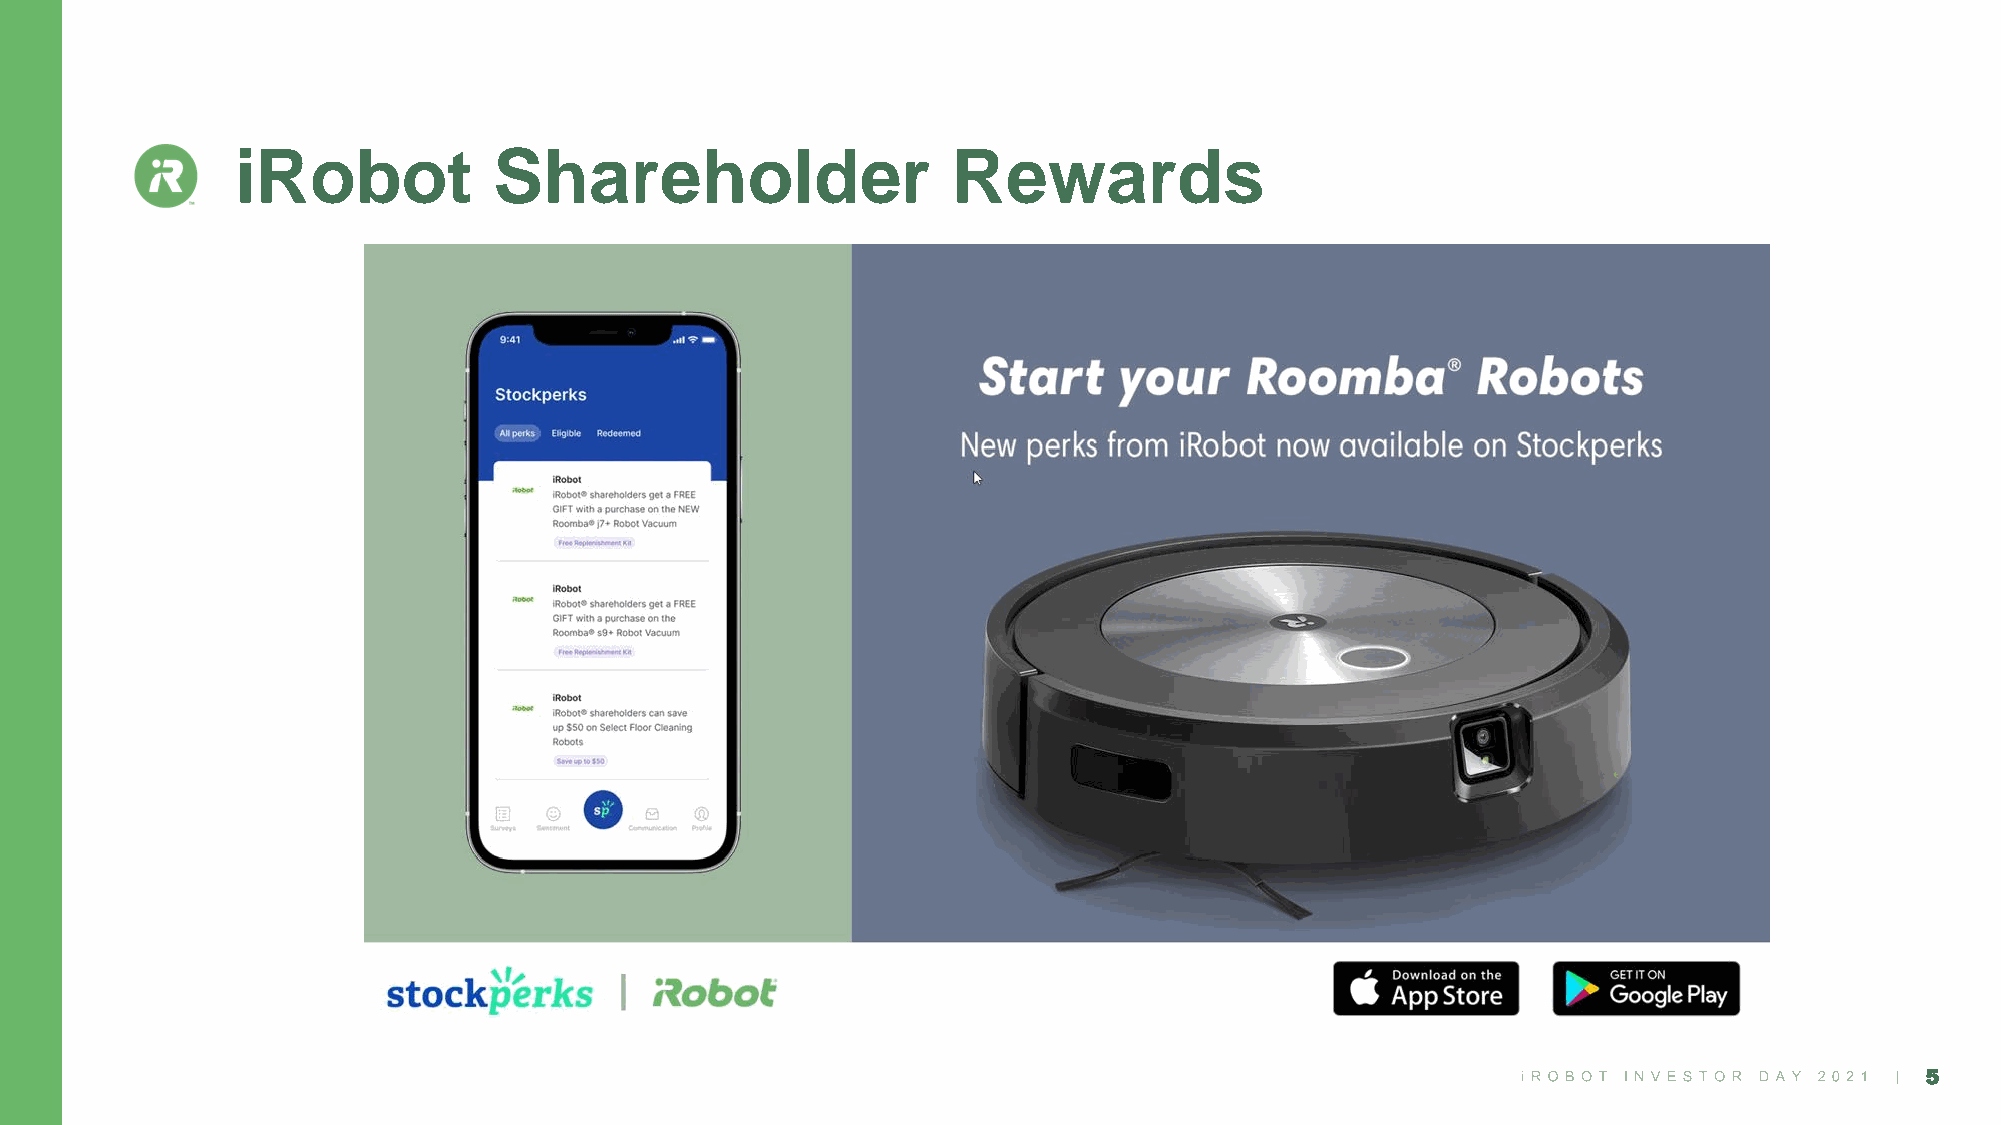
iRobot           Shareholder                   Rewards
 5